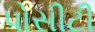
પોસીટી